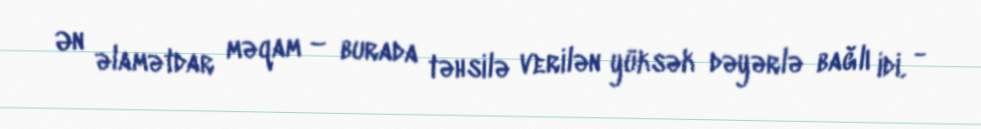
Ən əlamətdar məqam – burada təhsilə verilən yüksək dəyərlə bağlı idi. -